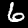
Label: 6